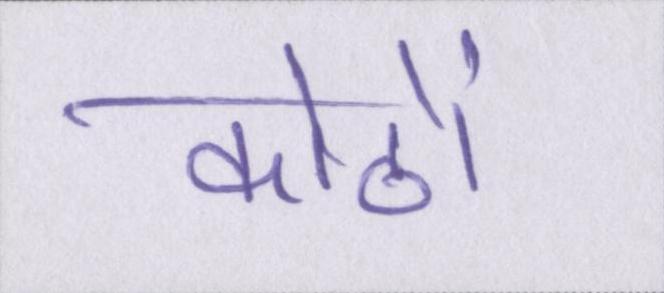
कोठों